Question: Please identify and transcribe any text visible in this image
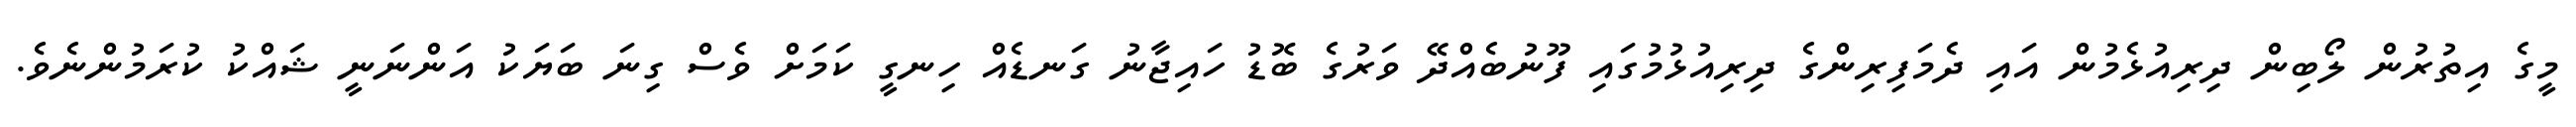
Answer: މީގެ އިތުރުން ލޯބިން ދިރިއުޅެމުން އައި ދެމަފިރިންގެ ދިރިއުޅުމުގައި ފޫނުބެއްދޭ ވަރުގެ ބޮޑު ހައިޖާނު ގަނޑެއް ހިނގީ ކަމަށް ވެސް ގިނަ ބަޔަކު އަންނަނީ ޝައްކު ކުރަމުންނެވެ.